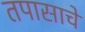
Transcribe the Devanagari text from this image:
तपासाचे